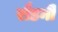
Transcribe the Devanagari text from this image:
रौडनी